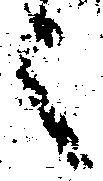
之